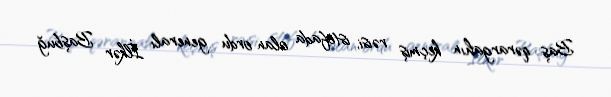
Baş qərargahın keçmiş rəisi, istefada olan ordu generalı İlkər Başbuğ